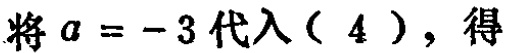
将\(a = -3\)代入\((4)\)，得